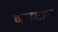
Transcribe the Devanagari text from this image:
घनटाम